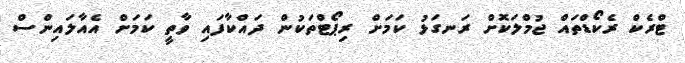
ޓްރެކް ރެކޯޑްތައް ޖުމްލަކޮށް ރަނގަޅު ކަމަށް ރިޕޯޓްތަކުން ދައްކާފައި ވާތީ ކަމަށް އެއާލައިންސް